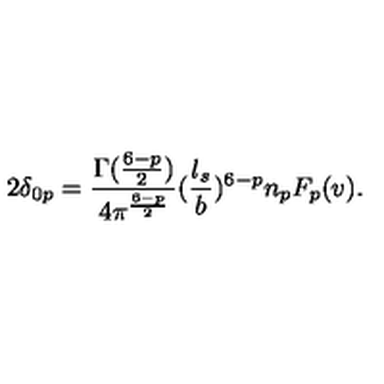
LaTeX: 2 \delta _ { 0 p } = { \frac { \Gamma ( { \frac { 6 - p } { 2 } } ) } { 4 \pi ^ { \frac { 6 - p } { 2 } } } } ( { \frac { l _ { s } } { b } } ) ^ { 6 - p } n _ { p } F _ { p } ( v ) .